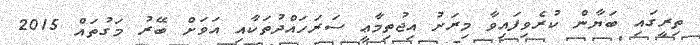
ތިރީގައި ބަޔާން ކުރެވިފައިވާ މިރަށު އިޖުތިމާޢީ ސަރަހައްދުތަކާއި އަވަށް ބޭރު މަގުތައް 2015